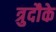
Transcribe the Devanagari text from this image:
त्रुदौके